Report on the administration of the Government Cinchona Department 1892-98
Year: 1892
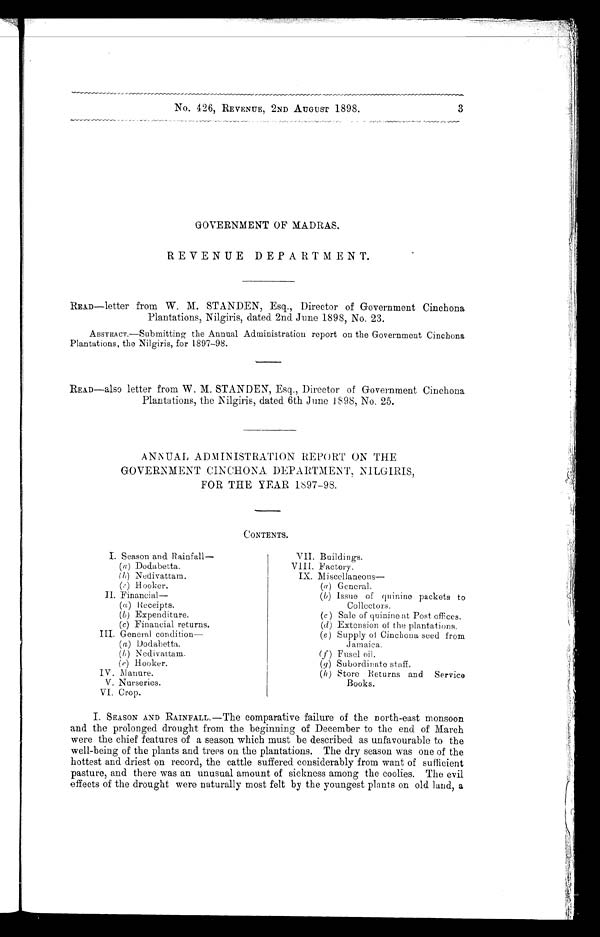
No. 426, REVENUE, 2ND AUGUST 1898.
3
GOVERNMENT OF MADRAS.
REVENUE DEPARTMENT.
READ—letter from W. M. STANDEN, Esq., Director of Government Cinchona
Plantations, Nilgiris, dated 2nd June 1898, No. 23.
ABSTRACT.—Submitting the Annual Administration report on the Government Cinchona
Plantations, the Nilgiris, for 1897–98.
READ—also letter from W. M. STANDEN, Esq., Director of Government Cinchona
Plantations, the Nilgiris, dated 6th June 1898, No. 25.
ANNUAL ADMINISTRATION REPORT ON THE
GOVERNMENT CINCHONA DEPARTMENT, NILGIRIS,
FOR THE YEAR 1897–98.
CONTENTS.
I. Season and
Rainfall—(a) Dodabetta.
( b ) Nedivattam.
(c ) H ooker.
II. Financial—
(a) Receipts.
(b) Expenditure.
(c) Financial returns.
III. General condition
(a) Dodabetta.
(b) Nedivattam.
(c) Hooker.
IV. Manure.
V. Nurseries.
VI. Crop.
VII Buildings.
VIII. Factory.
XI. Miscellaneous
—
(a)General.
(b)Issue of quinine packets to
Collectors.
(c)Sale of quinine at Post offices.
(d) Extension of the plantations.
(e) Supply off Cinchona seed from
Jamaica.
(f) Fusel oil.
( q ) Subordinate staff.
(h) Store Returns and Service
Books.
I. SEASON AND RAINFALL.—The comparative failure of the north-east monsoon
and the prolonged drought from the beginning of December to the end of March
were the chief features of a season which must be described as unfavourable to the
well-being of the plants and trees on the plantations. The dry season was one of the
hottest and driest on record, the cattle suffered considerably from want of sufficient
pasture, and there was an unusual amount of sickness among the coolies. The evil
effects of the drought were naturally most felt by the youngest plants on old land, a